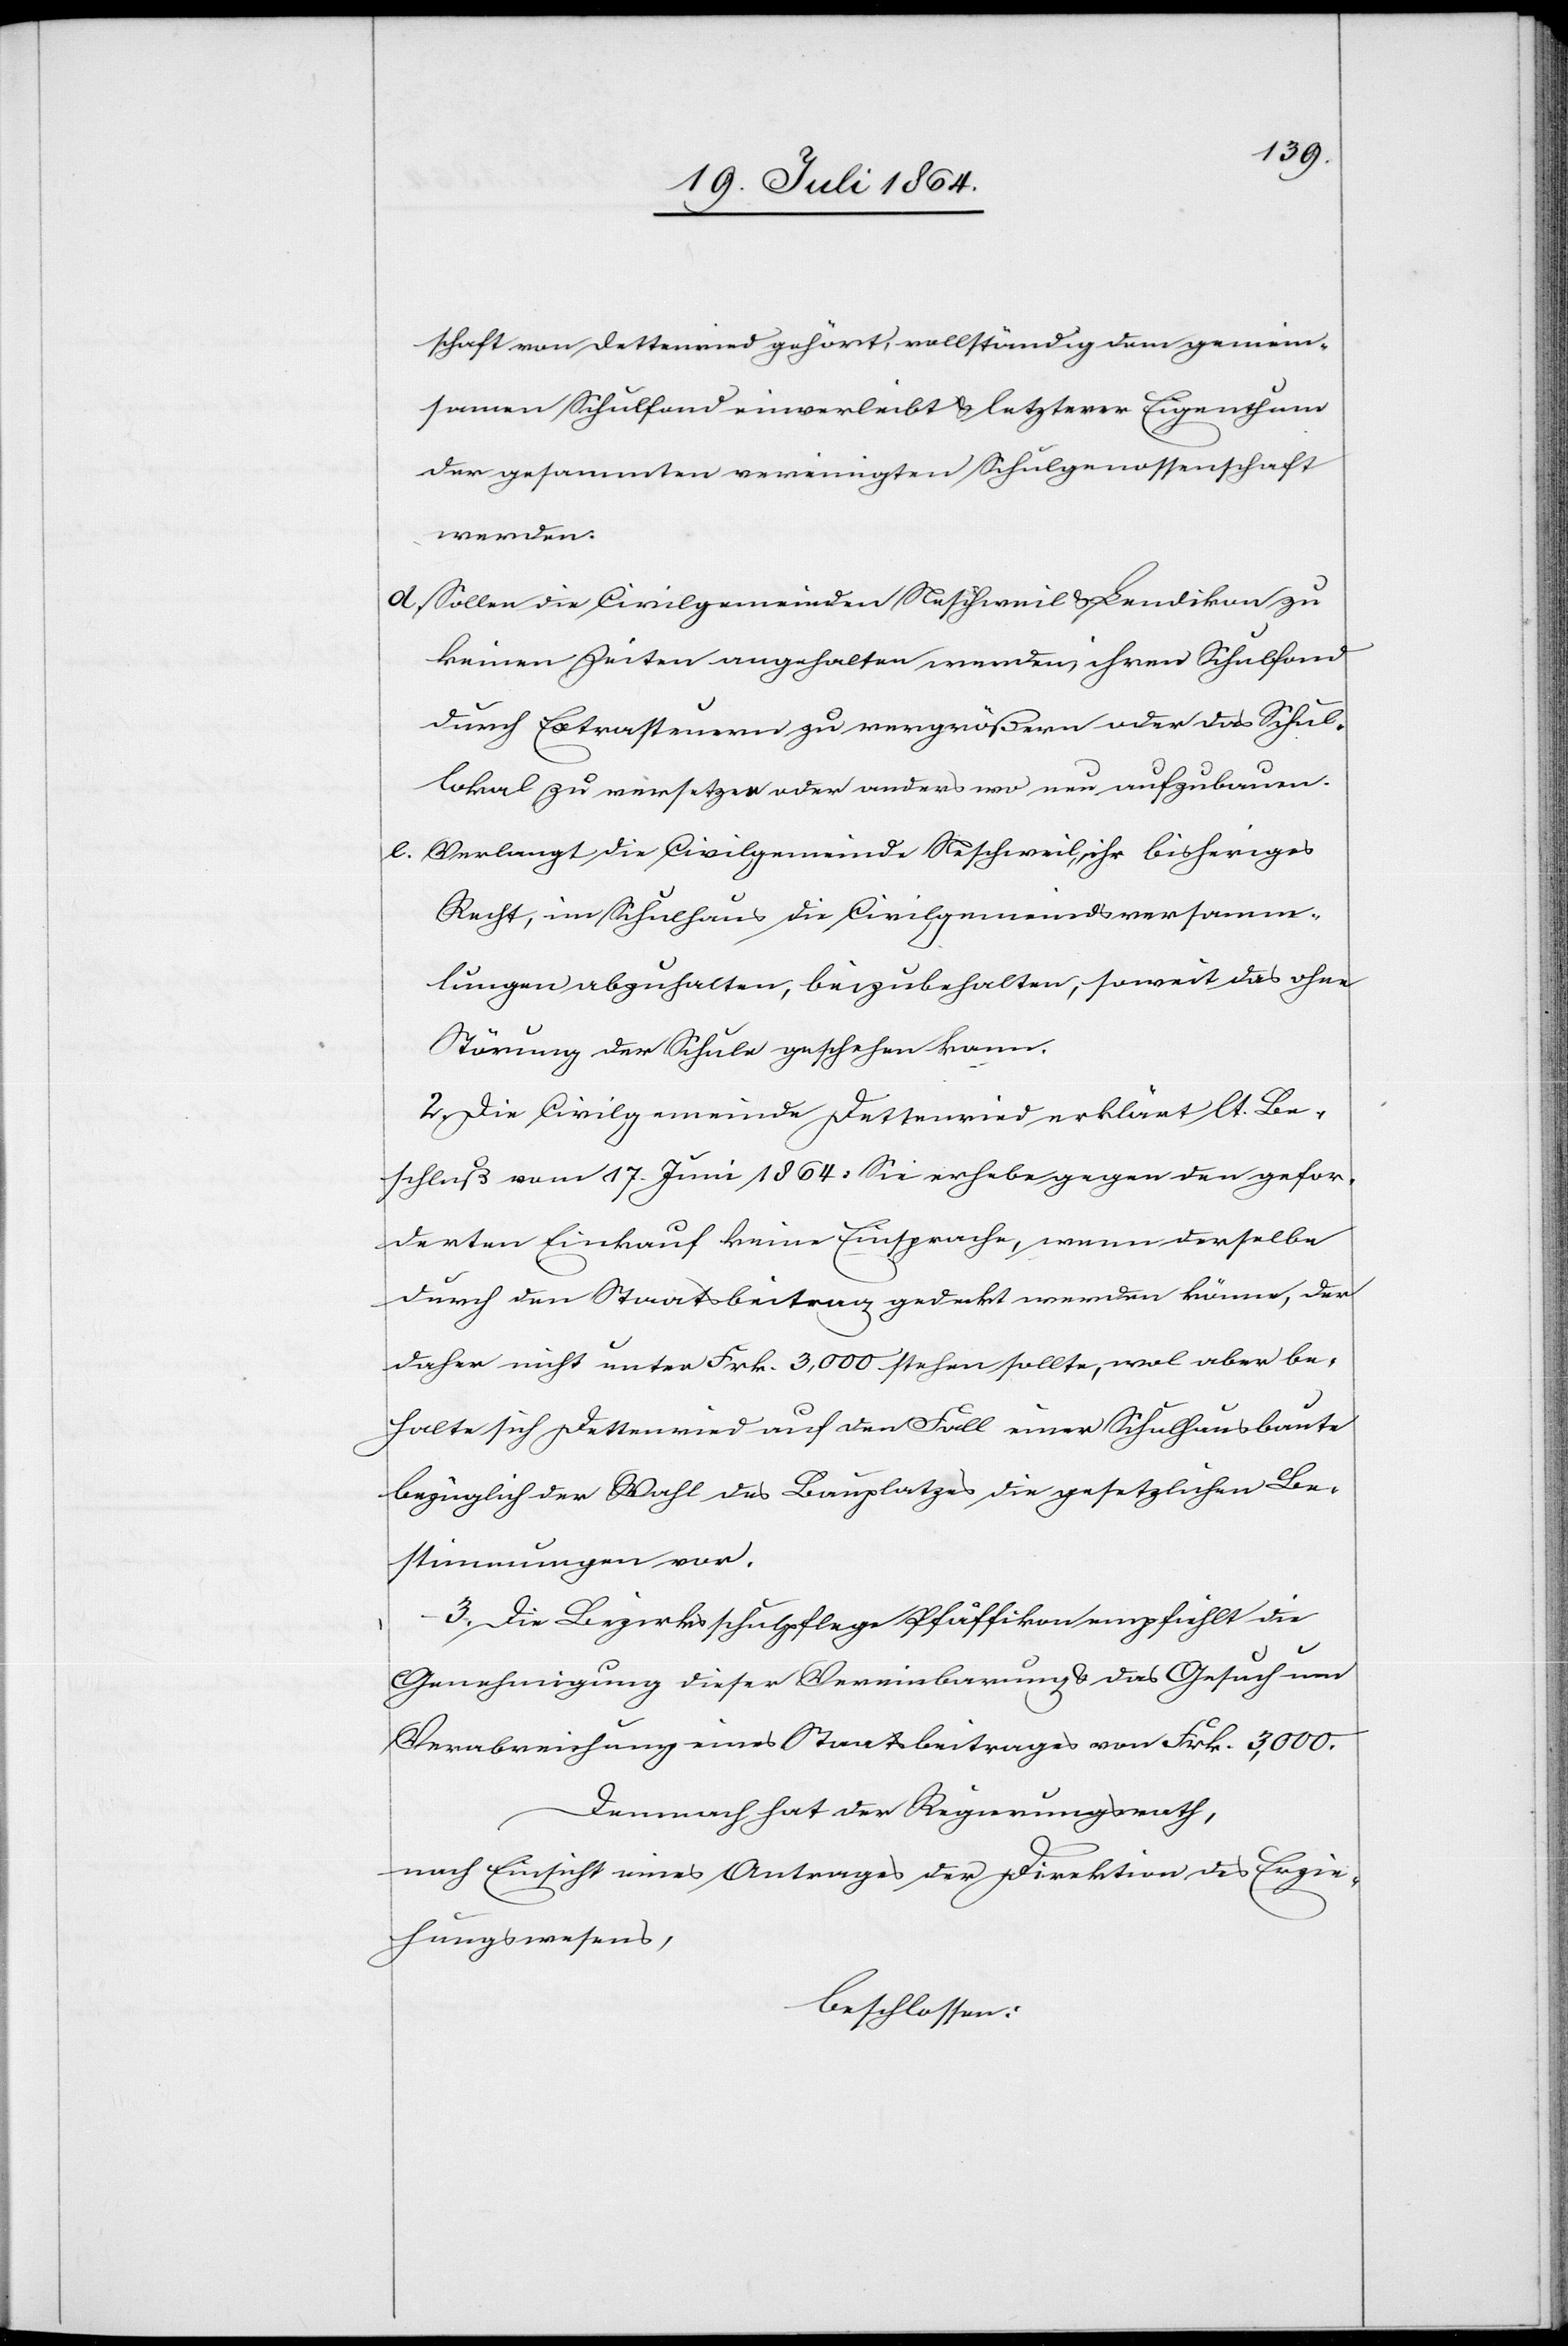
schaft von Dettenried gehört, vollständig dem gemein¬
samen Schulfond einverleibt u. letzterer Eigenthum
der gesammten vereinigten Schulgenossenschaft
werden.
d. Sollen die Civilgemeineden Neschweil u. Lendikon zu
keinen Zeiten angehalten werden, ihren Schulfond
durch Extrasteuern zu vergrößern oder das Schul¬
lokal zu versetzen oder anders wo neu aufzubauen.
e. Verlangt die Civilgemeinde Neschweil, ihr bisheriges
Recht, im Schulhaus die Civilgemeindsversamm¬
lungen abzuhalten, beizubehalten, soweit das ohne
Störung der Schule geschehen kann.
2. Die Civilgemeinde Dettenried erklärt lt. Be¬
schluß vom 17. Juni 1864: Sie erhebe gegen den gefor¬
derten Einkauf keine Einsprache, wenn derselbe
durch den Staatsbeitrag gedeckt werden könne, der
daher nicht unter Frk. 3,000 stehen sollte, wol aber be¬
halte sich Dettenried auf den Fall einer Schulhausbaute
bezüglich der Wahl des Bauplatzes die gesetzlichen Be¬
stimmungen vor.
3. Die Bezirksschulpflege Pfäffikon empfiehlt die
Genehmigung dieser Vereinbarung u. das Gesuch um
Verabreichung eines Staatsbeitrages von Frk. 3,000.
Demnach hat der Regierungsrath,
nach Einsicht eines Antrages der Direktion des Erzie¬
hungswesens,
beschlossen: